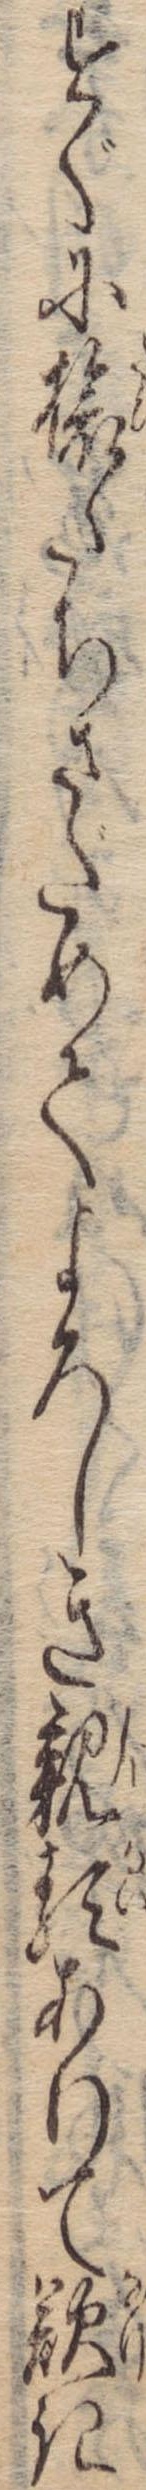
すぐに旅たちさだめてよろしき親類ありて歎き